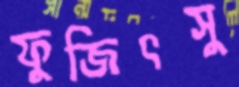
ফুজিৎসু